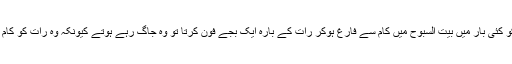
محترم ہیوبش صاحب کو کئی بار مَیں بیت السبوح میں کام سے فارغ ہوکر رات کے بارہ ایک بجے فون کرتا تو وہ جاگ رہے ہوتے کیونکہ وہ رات کو کام کرنے کے عادی تھے۔